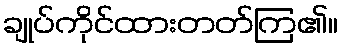
ချုပ်ကိုင်ထားတတ်ကြ၏။